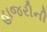
હાજરીની